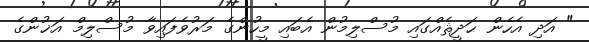
" އަދި އެހެން ޙަދީޘެއްގައި މުސްލިމުން އެބައި މީހުންގެ މަރުވެފައިވާ މުސްލިމް އަޚުންގެ